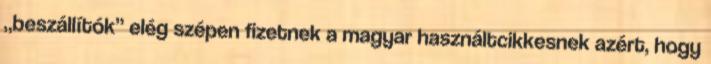
„beszállítók” elég szépen fizetnek a magyar használtcikkesnek azért, hogy